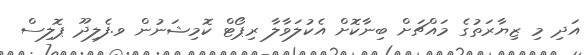
އަދި މި ޒިޔާރަތުގެ މައްޗަށް ބިނާކޮށް އެކުލަވާލާ ރިޕޯޓް ކޮމިޝަނުން ވ.ފެލިދޫ ޕޮލިސް